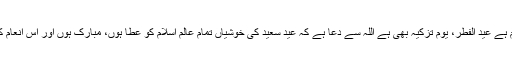
اللہ کے حضور شکر کے اظہار کے ساتھ تربیت، تزکیہ نفس کیلئے واضح پیغام ہے عید الفطر، یومِ تزکیہ بھی ہے اللہ سے دُعا ہے کہ عید سعید کی خوشیاں تمام عالمِ اسلام کو عطا ہوں، مبارک ہوں اور اس انعام کی اہمیت کو سمجھنے کے ساتھ دین اسلام پر عمل کی توفیق رفیق عطا فرمائے۔